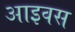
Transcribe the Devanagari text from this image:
आइवस